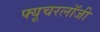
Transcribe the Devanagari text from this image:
फ्यूचरलॉजी